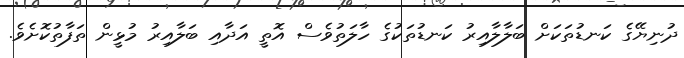
ދުނިޔޭގެ ކަނޑުތަކަށް ބަލާލާއިރު ކަނޑުތަކުގެ ހާލަތުވެސް އޮތީ އަދާއި ބަލާއިރު މުޅީން ތަފާތުކޮށެވެ.